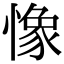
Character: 𢠽